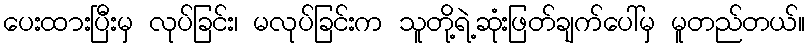
ပေးထားပြီးမှ လုပ်ခြင်း၊ မလုပ်ခြင်းက သူတို့ရဲ့ဆုံးဖြတ်ချက်ပေါ်မှ မူတည်တယ်။